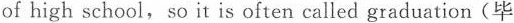
of high school, so it is often called graduation (毕